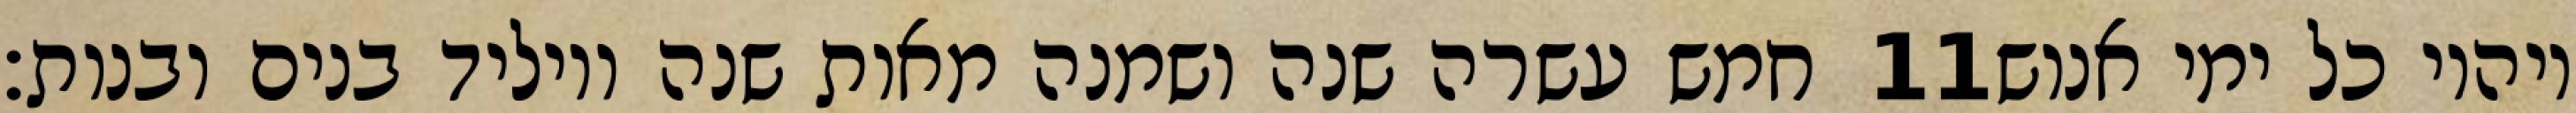
חמש עשרה שנה ושמנה מאות שנה ויוליד בנים ובנות׃ ‎11‏ ויהיו כל ימי אנוש